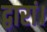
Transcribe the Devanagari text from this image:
द्वारां।